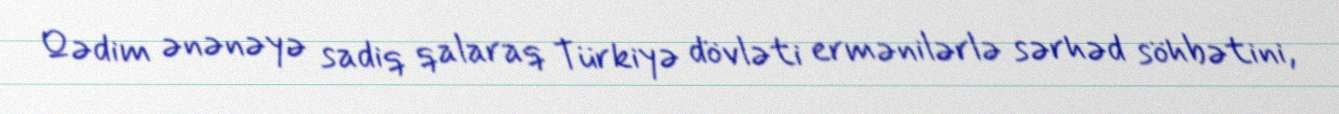
Qədim ənənəyə sadiq qalaraq Türkiyə dövləti ermənilərlə sərhəd söhbətini,